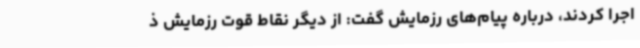
اجرا کردند، درباره پیام‌های رزمایش گفت: از دیگر نقاط قوت رزمایش ذ